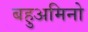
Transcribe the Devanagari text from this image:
बहुअमिनो